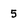
Character: 5